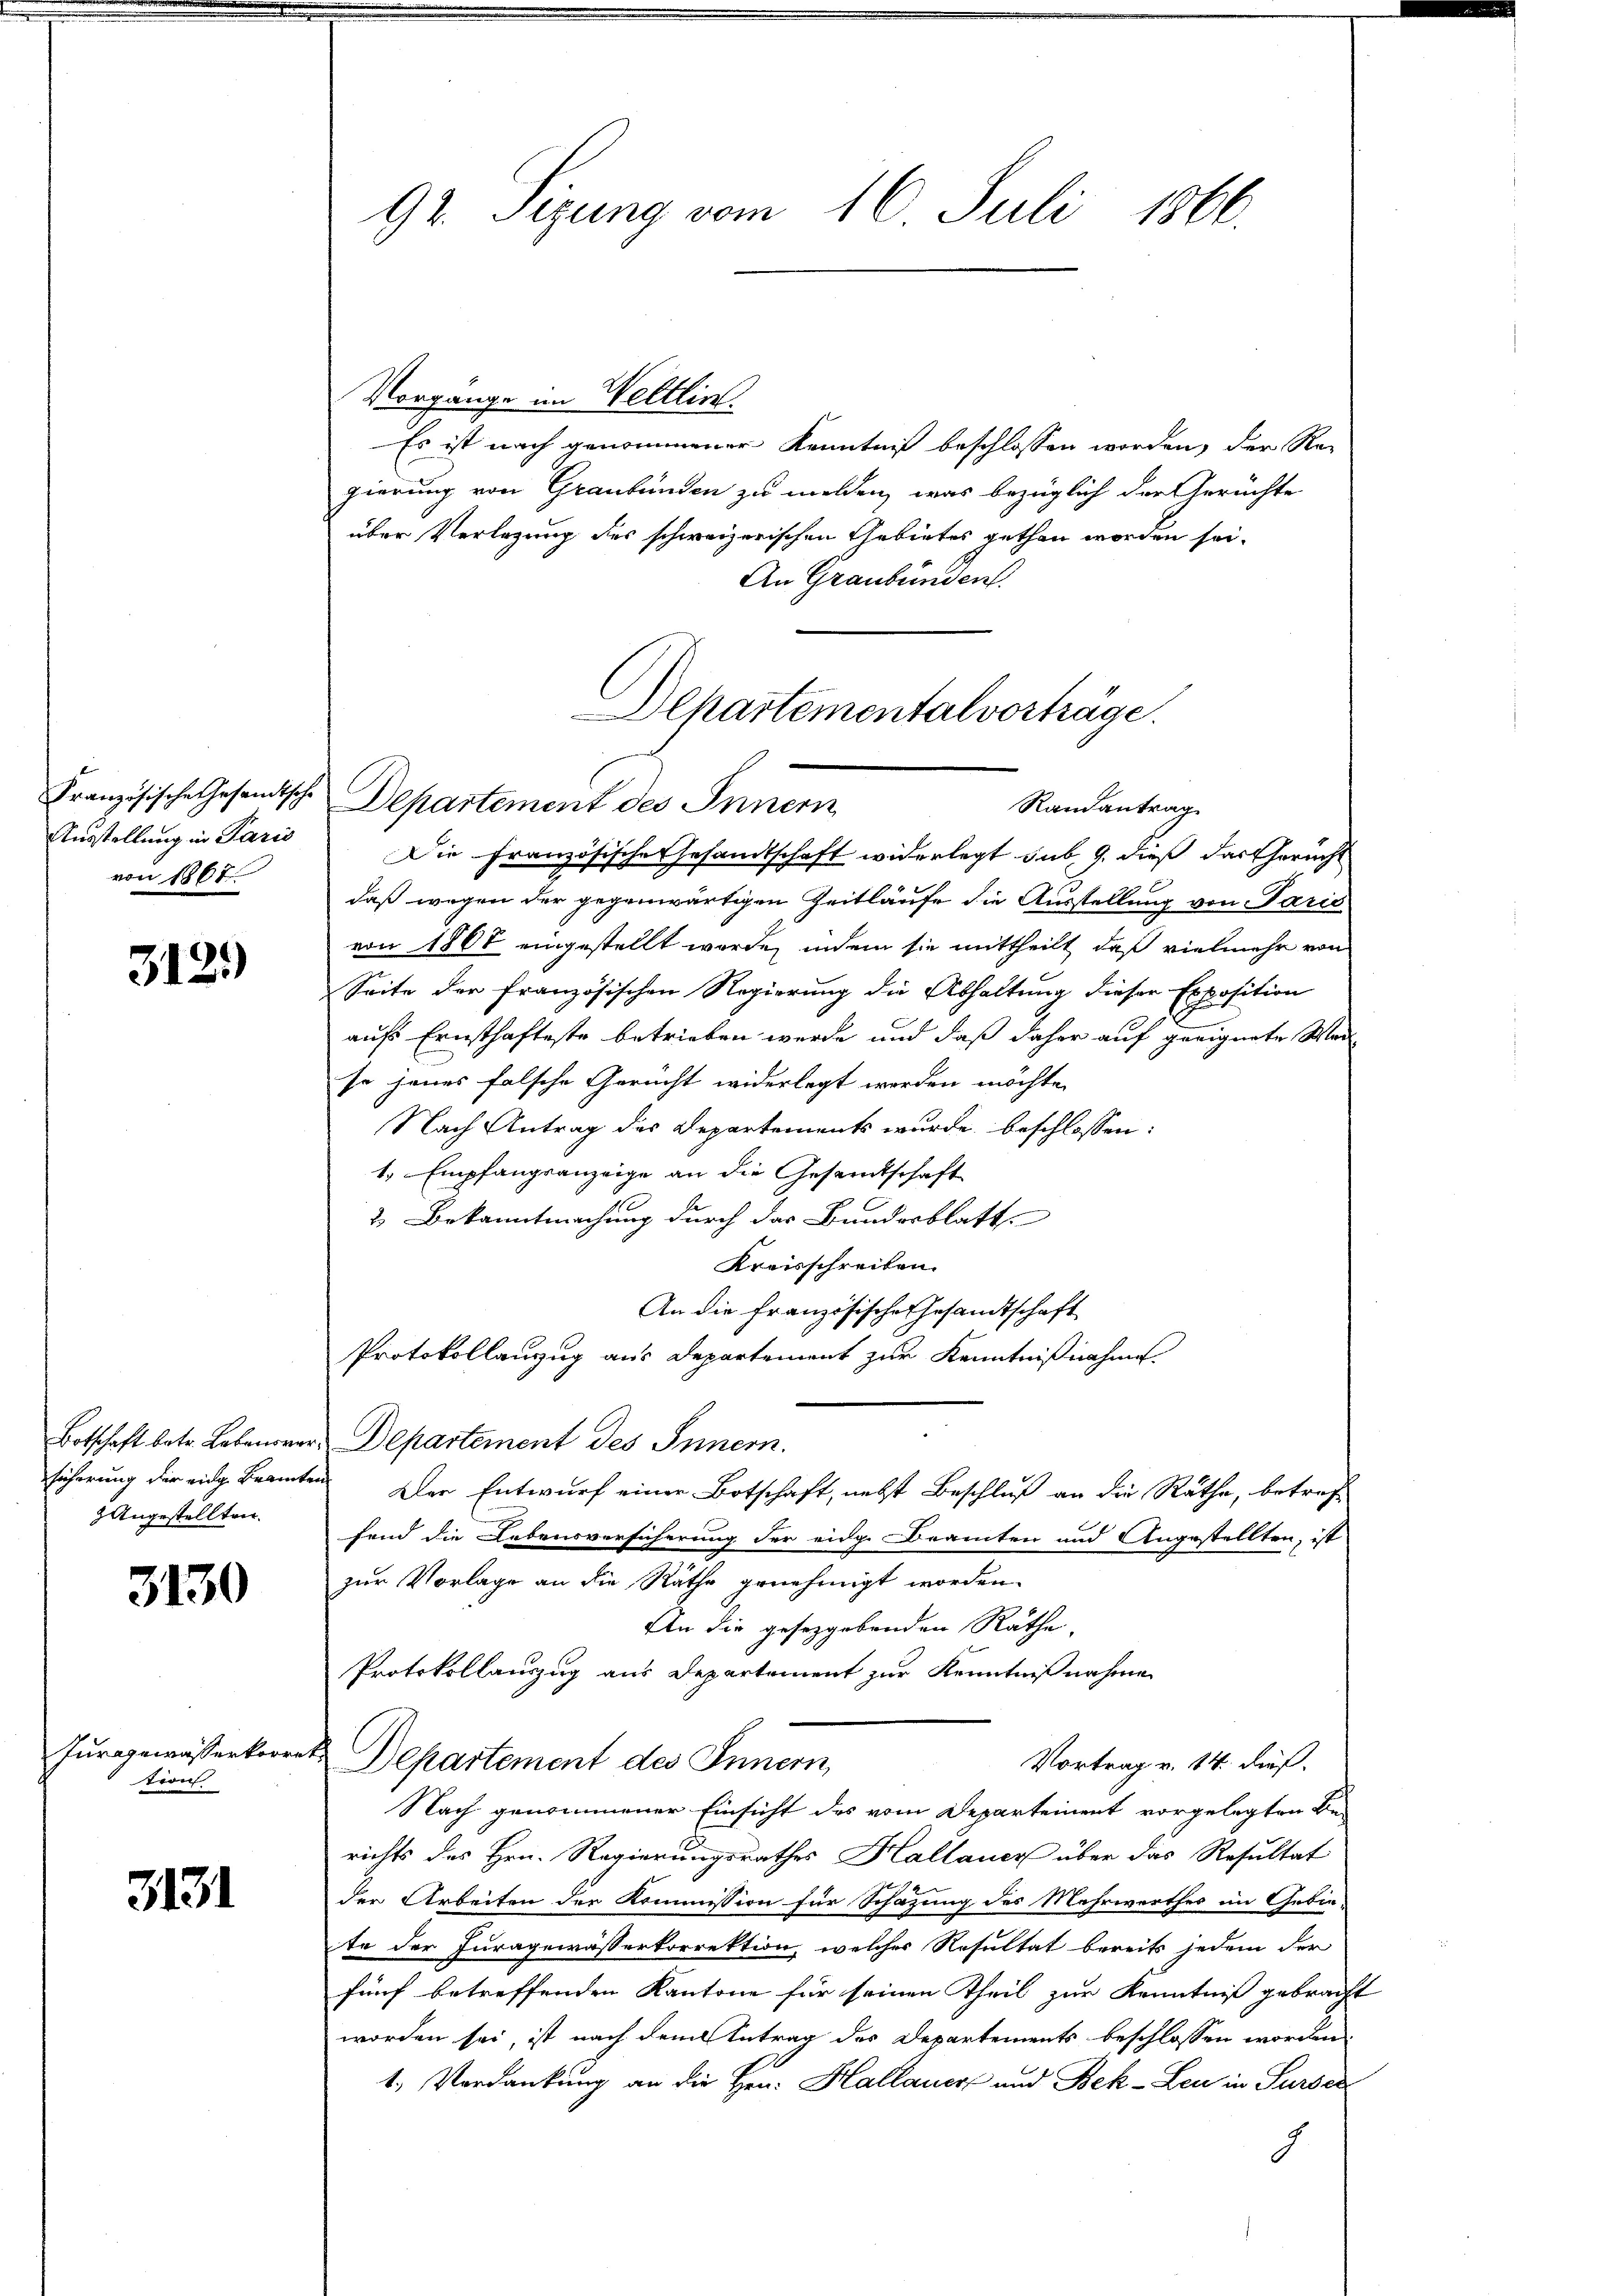
Ausstellung in Paris
von 1807

312)

ücherung der eidg Beamt
 Angestellten.

3130

Furggewasserkorre
tion

3131

92. Sizung vom 16. Juli 1866.

Vorgänge im Weltlin.
Es ist nach genommener Kenntniß beschlossen worden, der Regierung von Graubünden zu melden, was bezüglich der Gerüchte
über Verlegung des schweizerischen Gebietes gethan worden sei.
An Graubünden.
Französische Gesandtsche Departement des Innern
Die Französische Gesandtschaft widerlegt sub. 9. dieß das Gericht
daß wegen der gegenwärtigen Zeitläufe die Ausstellung von Paris
von 1808 eingestellt werde, indem sie mittheilt, daß vielmehr von
Seite der französischen Regierung die Abhaltung dieser Exposition
aufs Ernsthafteste betrieben werde und daß daher auf geeignete Wei
se jenes falsche Gericht widerlegt werden möchte.
Nach Antrag des Departements wurde beschlossen:
1. Empfangsanzeige an die Gesandtschaft
2 Bekanntmachung durch das Bundesblatt
Kreisschreiben.
An die Französische Gesandtschaft
Protokollenzug aus Departement zur Kenntnißnahme
Botschaft betr. Lebensrer Departement des Innern.
anf
Der Entwurf einer Botschaft, nebst Beschluß an die Räthe, betreff
fend die Lebensversicherung der eidge Beamten und Angestellten, ist
zur Vorlage an die Räthe genehmigt worden.
An die gesetzgebenden Räthe,
Protokollauszug aus Departement zur Kenntnißnahme
E
Departement des Innern,
Vortrag v. 14. dieß.
Nach genommener Einsicht des vom Departement vorgelegten Be-
richts des Hrn. Regierungsrathes Kallauer über das Resultat
der Arbeiten der Kommission für Schazung des Mehrwerthes im Gebie-
te der Juragewässerkorrektion, welcher Resultat bereits jedem der
fünf betreffenden Kantone für seinen Theil zur Kenntniß gebracht
worden sei, ist nach dem Antrag des Departements beschlossen worden
1. Verdankung an die Hrn. Hallauer und Bek-Leu in Surses
d

Departementalvorträge.
Randantrag